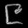
Digit: ၉